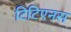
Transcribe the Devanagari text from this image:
टिटिएनस